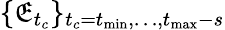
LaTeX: \{ \mathfrak{E}_{t_{c}}\} _{t_{c}=t_{\operatorname*{min}},\dots,t_{\operatorname*{max}}-s}